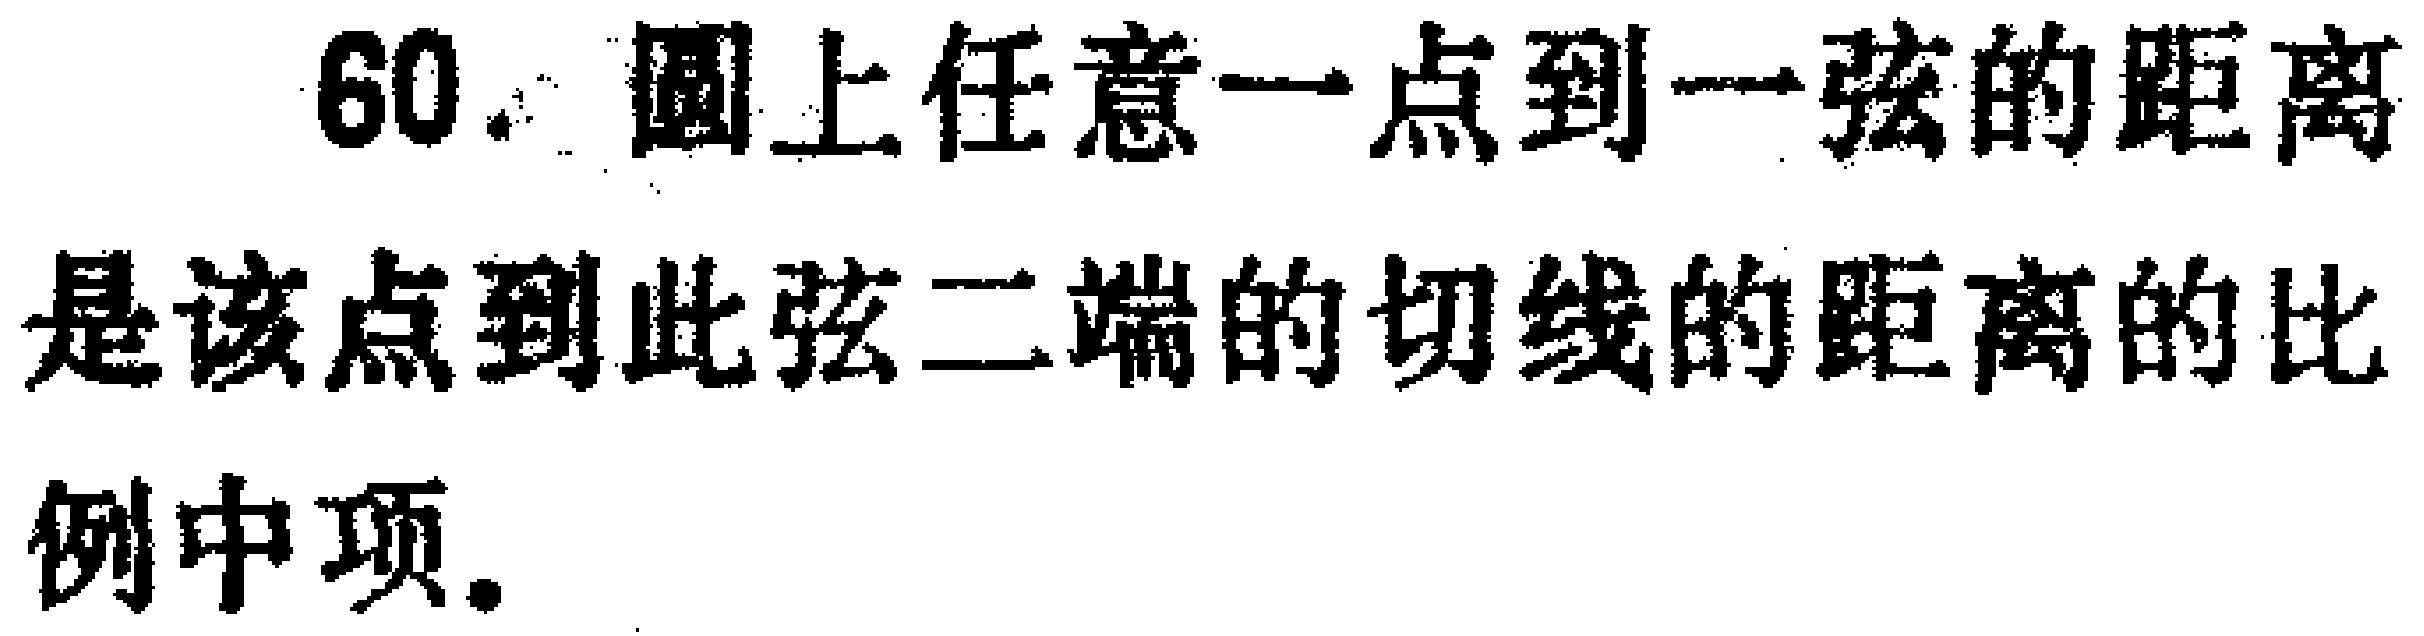
60. 圆上任意一点到一弦的距离是该点到此弦二端的切线的距离的比例中项.